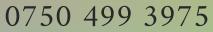
0750 499 3975